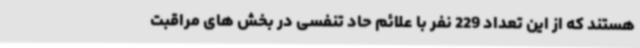
هستند که از این تعداد 229 نفر با علائم حاد تنفسی در بخش های مراقبت